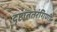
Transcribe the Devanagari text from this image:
दृष्टांततरंगिणी